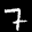
Label: 7